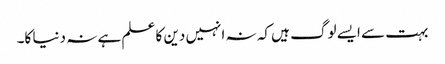
بہت سے ایسے لوگ ہیں کہ نہ انہیں دین کا علم ہے نہ دنیا کا۔